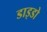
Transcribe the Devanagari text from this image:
डाइडो